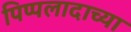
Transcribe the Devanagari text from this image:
पिप्पलादाच्या